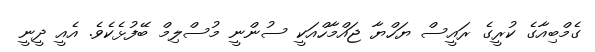
ގެމްބިއާގެ ކުރީގެ ރައީސް ޔަހްޔާ ޖައްމާހްއަކީ ސުންނީ މުސްލިމް ބޭފުޅެކެވެ. އެއީ ދީނީ